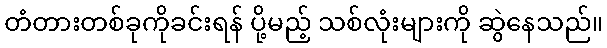
တံတားတစ်ခုကိုခင်းရန် ပို့မည့် သစ်လုံးများကို ဆွဲနေသည်။